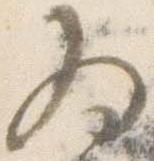
為